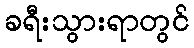
ခရီးသွားရာတွင်